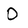
Character: O